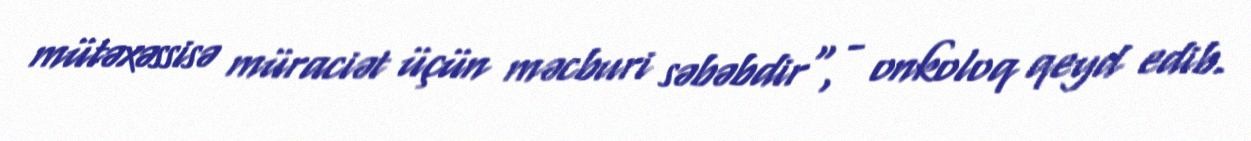
mütəxəssisə müraciət üçün məcburi səbəbdir", - onkoloq qeyd edib.